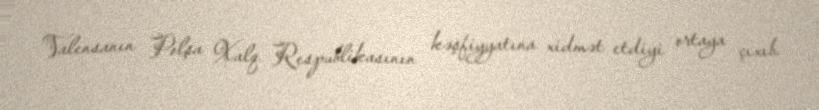
Valensanın Polşa Xalq Respublikasının kəşfiyyatına xidmət etdiyi ortaya çıxıb.